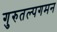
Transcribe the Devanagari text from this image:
गुरुतल्पगमन